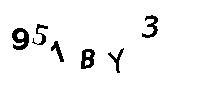
951BY3